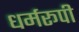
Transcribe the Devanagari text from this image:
धर्मरूपी